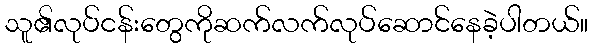
သူ၏လုပ်ငန်းတွေကိုဆက်လက်လုပ်ဆောင်နေခဲ့ပါတယ်။